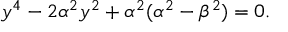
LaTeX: y ^ { 4 } - 2 \alpha ^ { 2 } y ^ { 2 } + \alpha ^ { 2 } ( \alpha ^ { 2 } - \beta ^ { 2 } ) = 0 .